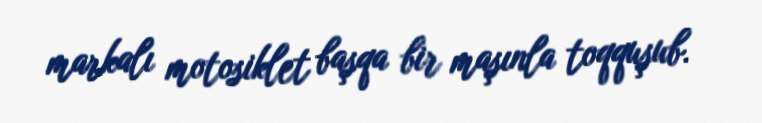
markalı motosiklet başqa bir maşınla toqquşub.